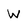
Character: W